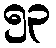
၅၃